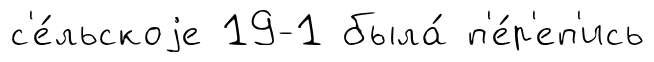
с'е́льскоjе 19-1 была́ п'е́р'еп'ись